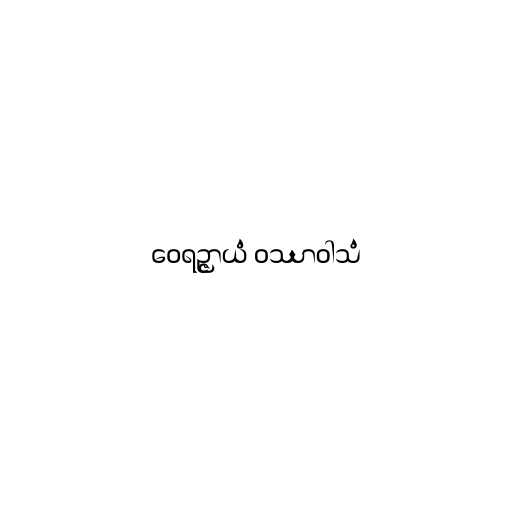
ဝေရဉ္ဇာယံ ဝဿာဝါသံ